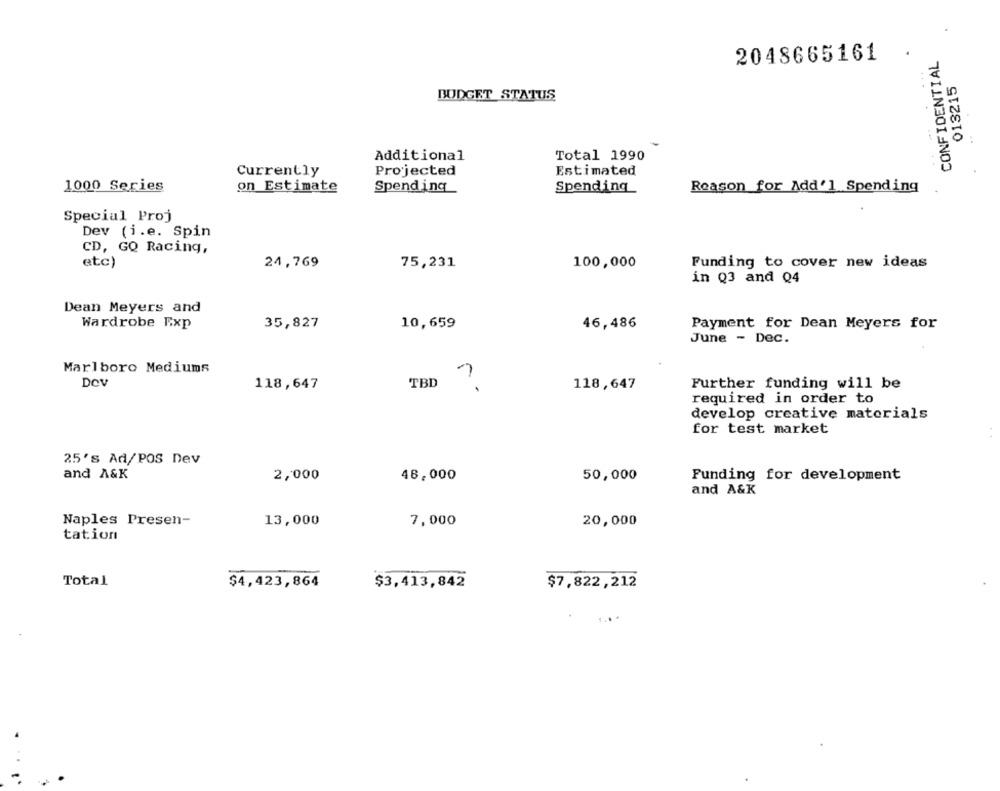
CONFIDENTIAL
2048665161
013215
BUDGET STATUS
Additional
Total 1990
Currently
Projected
Estimated
1000 Series
on Estimate
Spending
Spending
Reason for Add'l Spending
Special Proj
Dev (i.e. Spin
CD, GQ Racing,
etc)
24,769
75,231
100,000
Funding to cover new ideas
in Q3 and Q4
Dean Meyers and
Wardrobe Exp
35,827
10,659
46,486
Payment for Dean Meyers for
June - Dec.
Marlboro Mediums
DOV
118,647
TBD
118,647
Further funding will be
required in order to
develop creative materials
for test market
25's Ad/POS Dev
and A&K
2,000
48,000
Funding for development
50,000
and A&K
Naples Presen-
13,000
7,000
20,000
tation
Total
$4,423,864
$3,413,842
$7,822,212